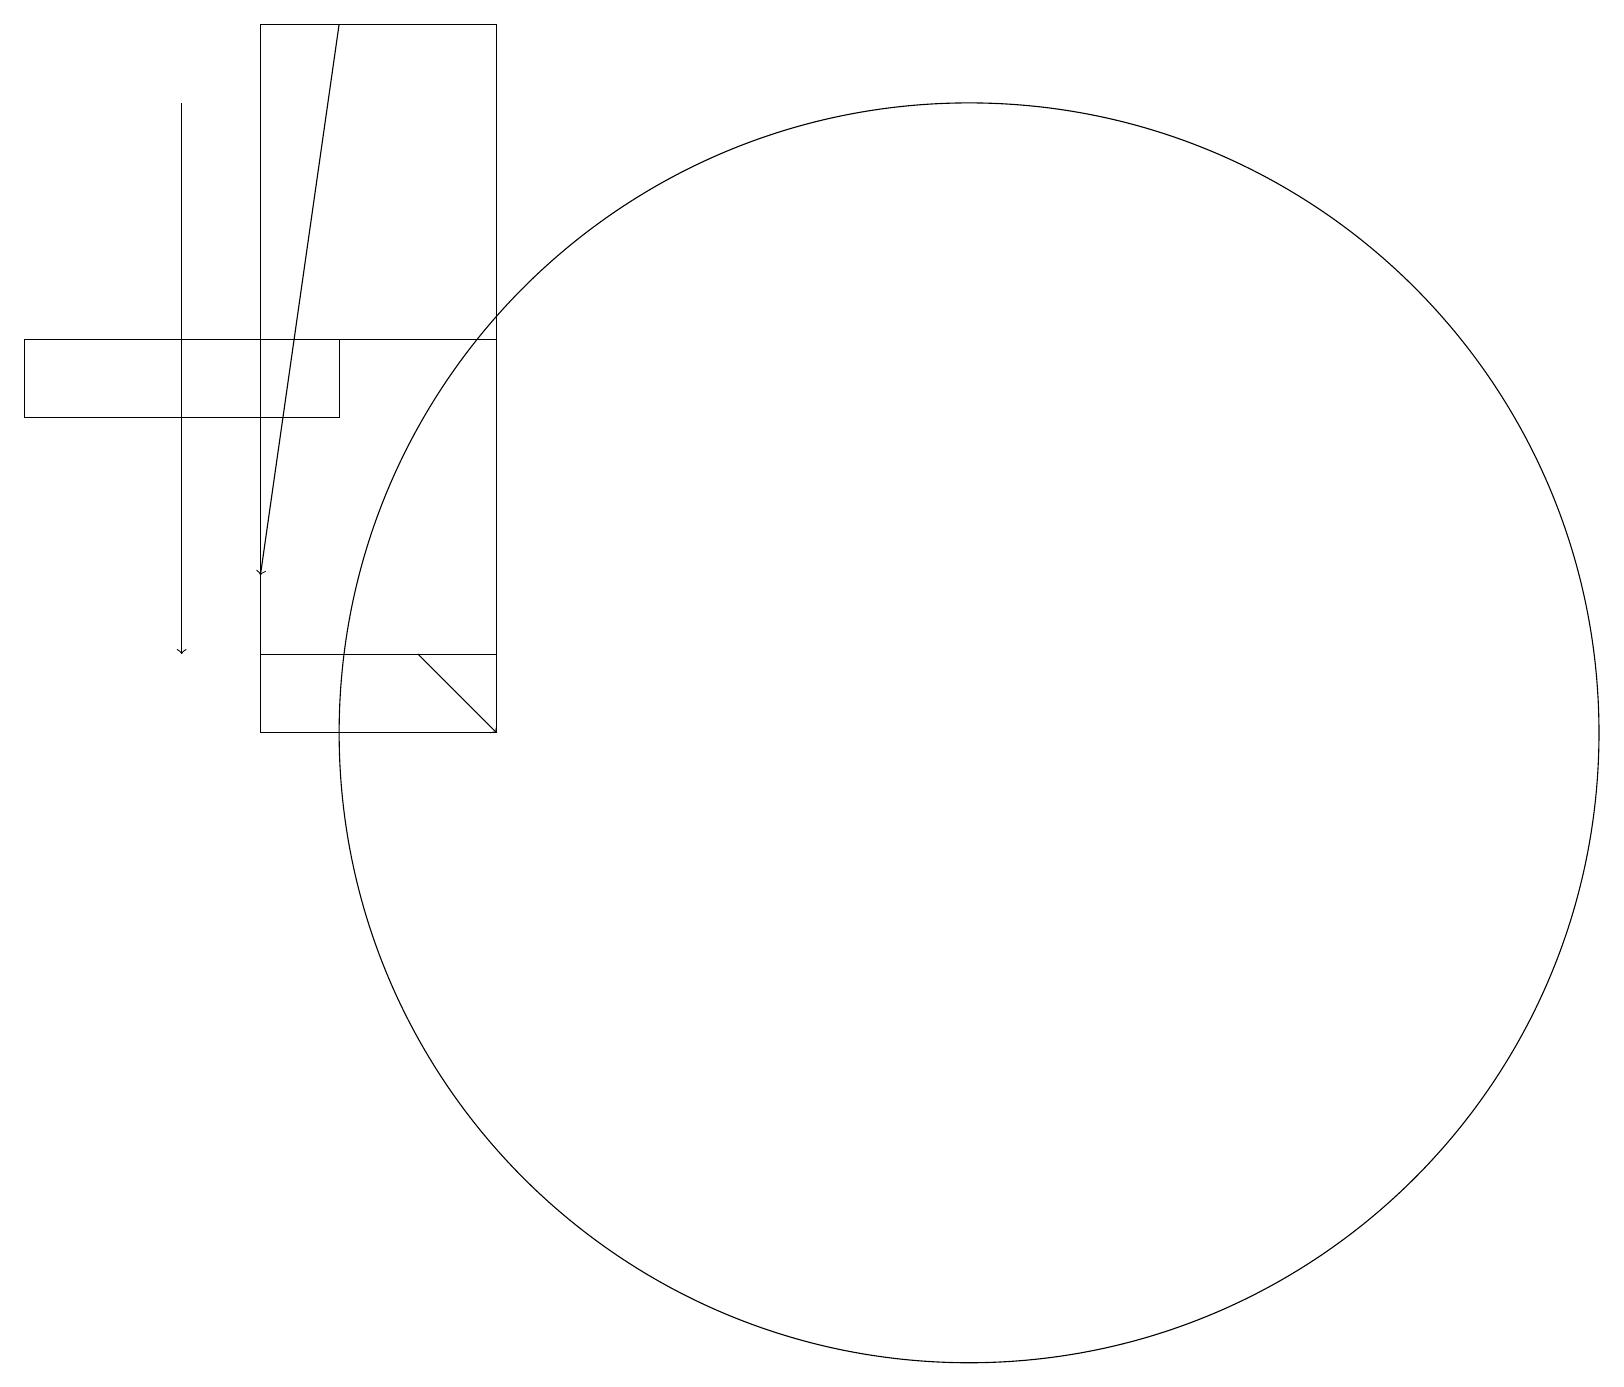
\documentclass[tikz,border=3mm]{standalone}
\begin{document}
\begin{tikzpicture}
\draw (12,10) circle (8);
\draw[->] (2,18) -- (2,11);
\draw (6,10) rectangle (3,19);
\draw (4,15) rectangle (0,14);
\draw[->] (5,11) -- (6,10);
\draw[->] (4,19) -- (3,12);
\draw (6,11) rectangle (3,15);
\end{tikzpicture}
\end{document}